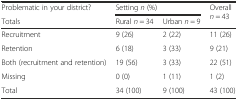
<table><thead><tr><td><b>Problematic in your district?</b></td><td colspan="2"><b>Setting <i>n</i> (%)</b></td><td rowspan="2"><b>Overall <i>n</i> = 43</b></td></tr><tr><td><b>Totals</b></td><td><b>Rural <i>n</i> = 34</b></td><td><b>Urban <i>n</i> = 9</b></td></tr></thead><tbody><tr><td>Recruitment</td><td>9 (26)</td><td>2 (22)</td><td>11 (26)</td></tr><tr><td>Retention</td><td>6 (18)</td><td>3 (33)</td><td>9 (21)</td></tr><tr><td>Both (recruitment and retention)</td><td>19 (56)</td><td>3 (33)</td><td>22 (51)</td></tr><tr><td>Missing</td><td>0 (0)</td><td>1 (11)</td><td>1 (2)</td></tr><tr><td>Total</td><td>34 (100)</td><td>9 (100)</td><td>43 (100)</td></tr></tbody></table>